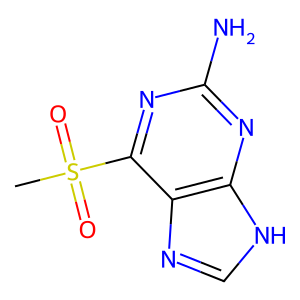
SMILES: CS(=O)(=O)c1nc(N)nc2[nH]cnc12
Inhibits HIV replication: No